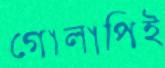
গোলাপিই